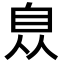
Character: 𦤈